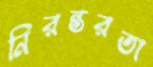
নিরন্তরতা